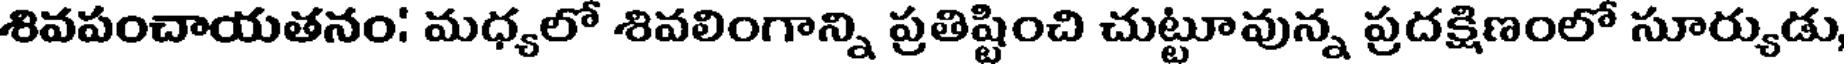
శివపంచాయతనం: మధ్యలో శివలింగాన్ని ప్రతిష్టించి చుట్టూవున్న ప్రదక్షిణంలో సూర్యుడు,